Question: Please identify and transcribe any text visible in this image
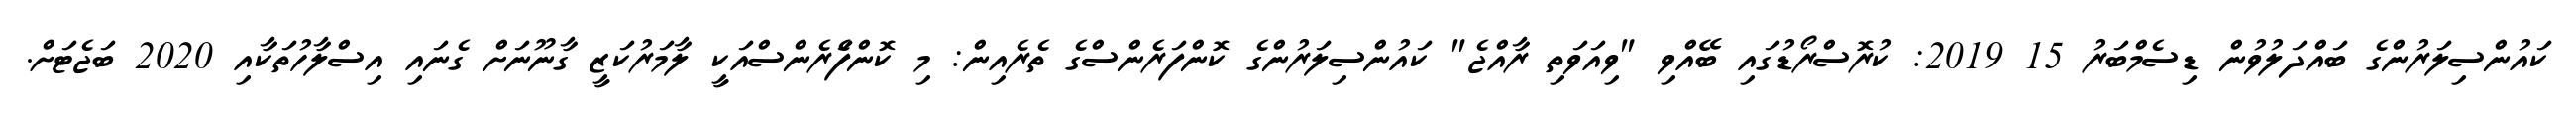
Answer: ކައުންސިލަރުންގެ ބައްދަލުވުން ޑިސެމްބަރު 15 2019: ކުރޮސްރޯޑުގައި ބޭއްވި "ވިއަވަތި ރާއްޖެ" ކައުންސިލަރުންގެ ކޮންފަރެންސްގެ ތެރެއިން: މި ކޮންފެަރެންސްއަކީ ލާމަރުކަޒީ ގާނޫނަށް ގެނައި އިސްލާހުތަކާއި 2020 ބަޖެޓަށް.